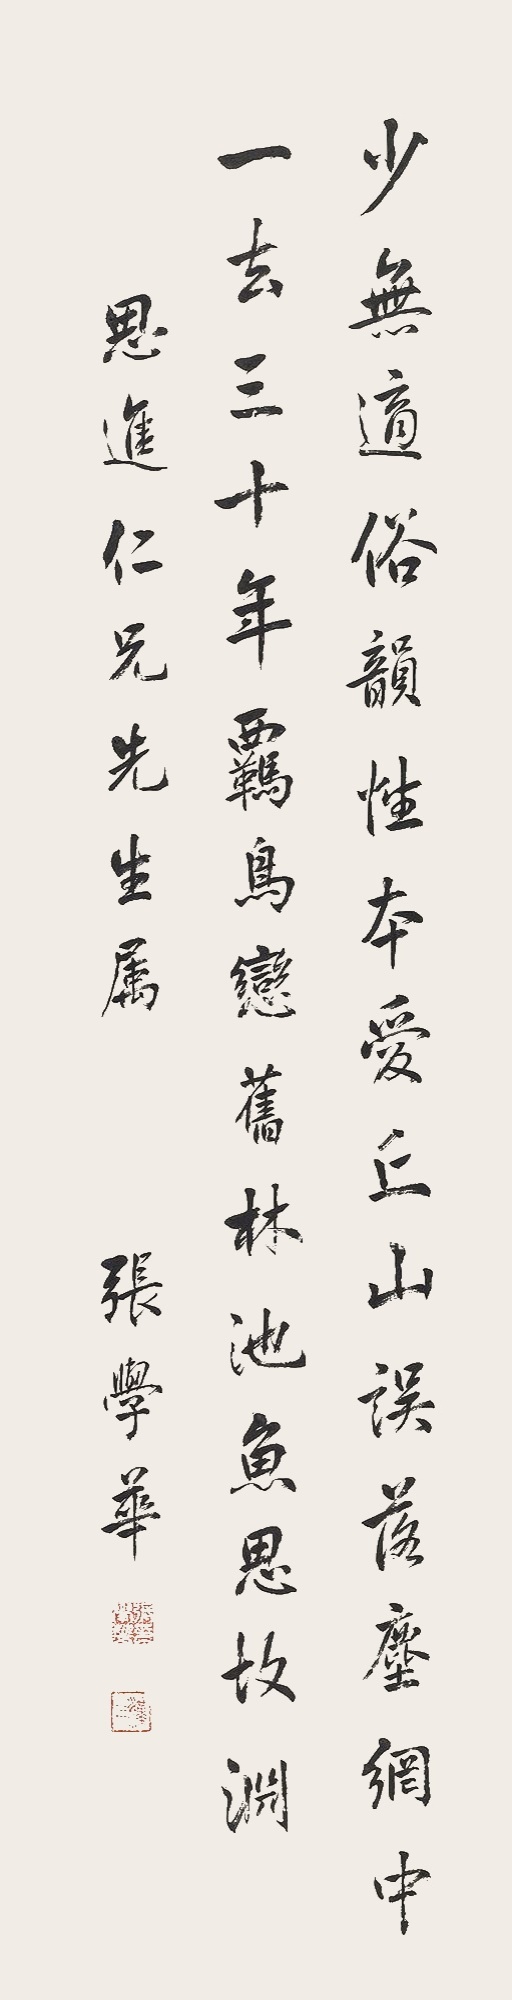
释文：少无适俗韵，性本爱丘山。误落尘网中，一去三十年。羁鸟恋旧林，池鱼思故渊。思进仁兄先生属，张学华。